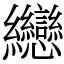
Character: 纞